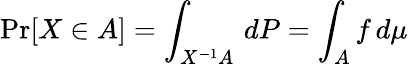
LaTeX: \operatorname*{Pr}[X\in A]=\int_{X^{-1}A}\, dP=\int_{A}f\, d\mu